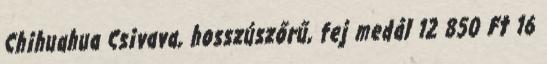
Chihuahua Csivava, hosszúszőrű, fej medál 12 850 Ft 16